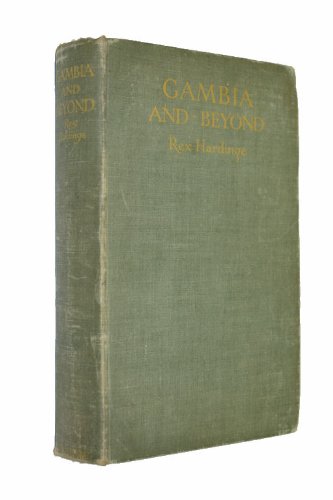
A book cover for Gambia and beyond,; Rex Hardinge; Travel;